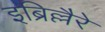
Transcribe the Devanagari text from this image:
इब्रिल्लैरे